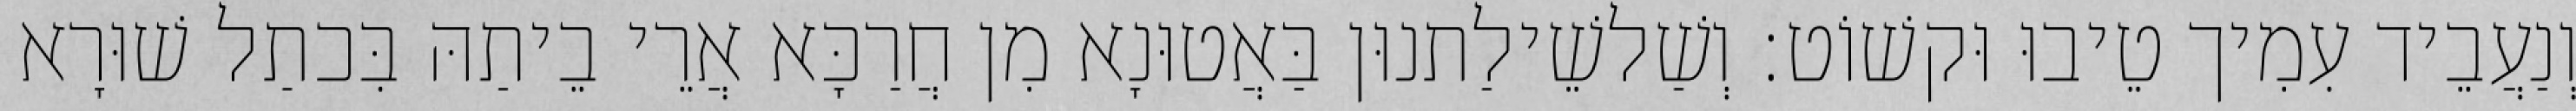
וְנַעֲבֵיד עִמִיך טֵיבוּ וּקשׁוֹט׃ וְשַׁלשֵׁילַתנוּן בַּאֲטוּנָא מִן חֲרַכָּא אֲרֵי בֵיתַהּ בִּכתַל שׁוּרָא